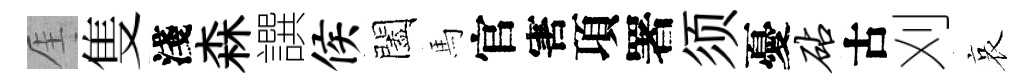
厓隻淺森譔侯闔馬官害項署须憂砧古刈哀